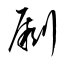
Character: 劂